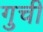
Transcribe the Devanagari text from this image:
गुची